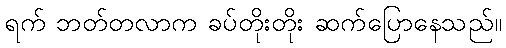
ရက် ဘတ်တလာက ခပ်တိုးတိုး ဆက်ပြောနေသည်။